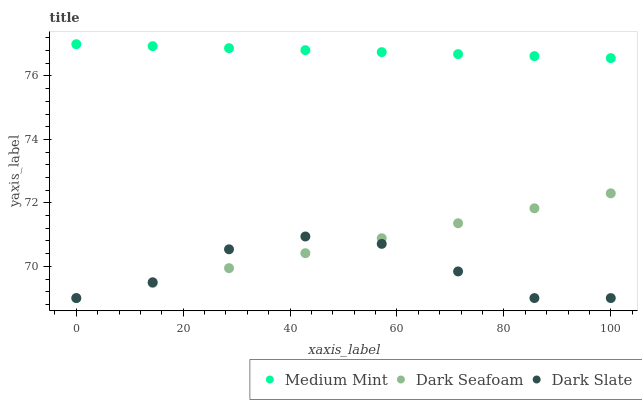
| xaxis_label | Medium Mint | Dark Seafoam | Dark Slate |
 | --- | --- | --- | --- |
 | 0 | 77 | 69 | 69 |
 | 14.3 | 76.9 | 69.5 | 69.5 |
 | 28.6 | 76.9 | 69.9 | 70.5 |
 | 42.9 | 76.8 | 70.4 | 70.9 |
 | 57.1 | 76.7 | 70.9 | 70.7 |
 | 71.4 | 76.7 | 71.4 | 69.8 |
 | 85.7 | 76.6 | 71.8 | 69 |
 | 100 | 76.6 | 72.3 | 69 |